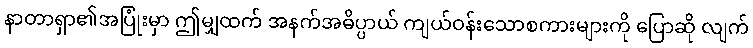
နာတာရှာ၏အပြုံးမှာ ဤမျှထက် အနက်အဓိပ္ပာယ် ကျယ်ဝန်းသောစကားများကို ပြောဆို လျက်